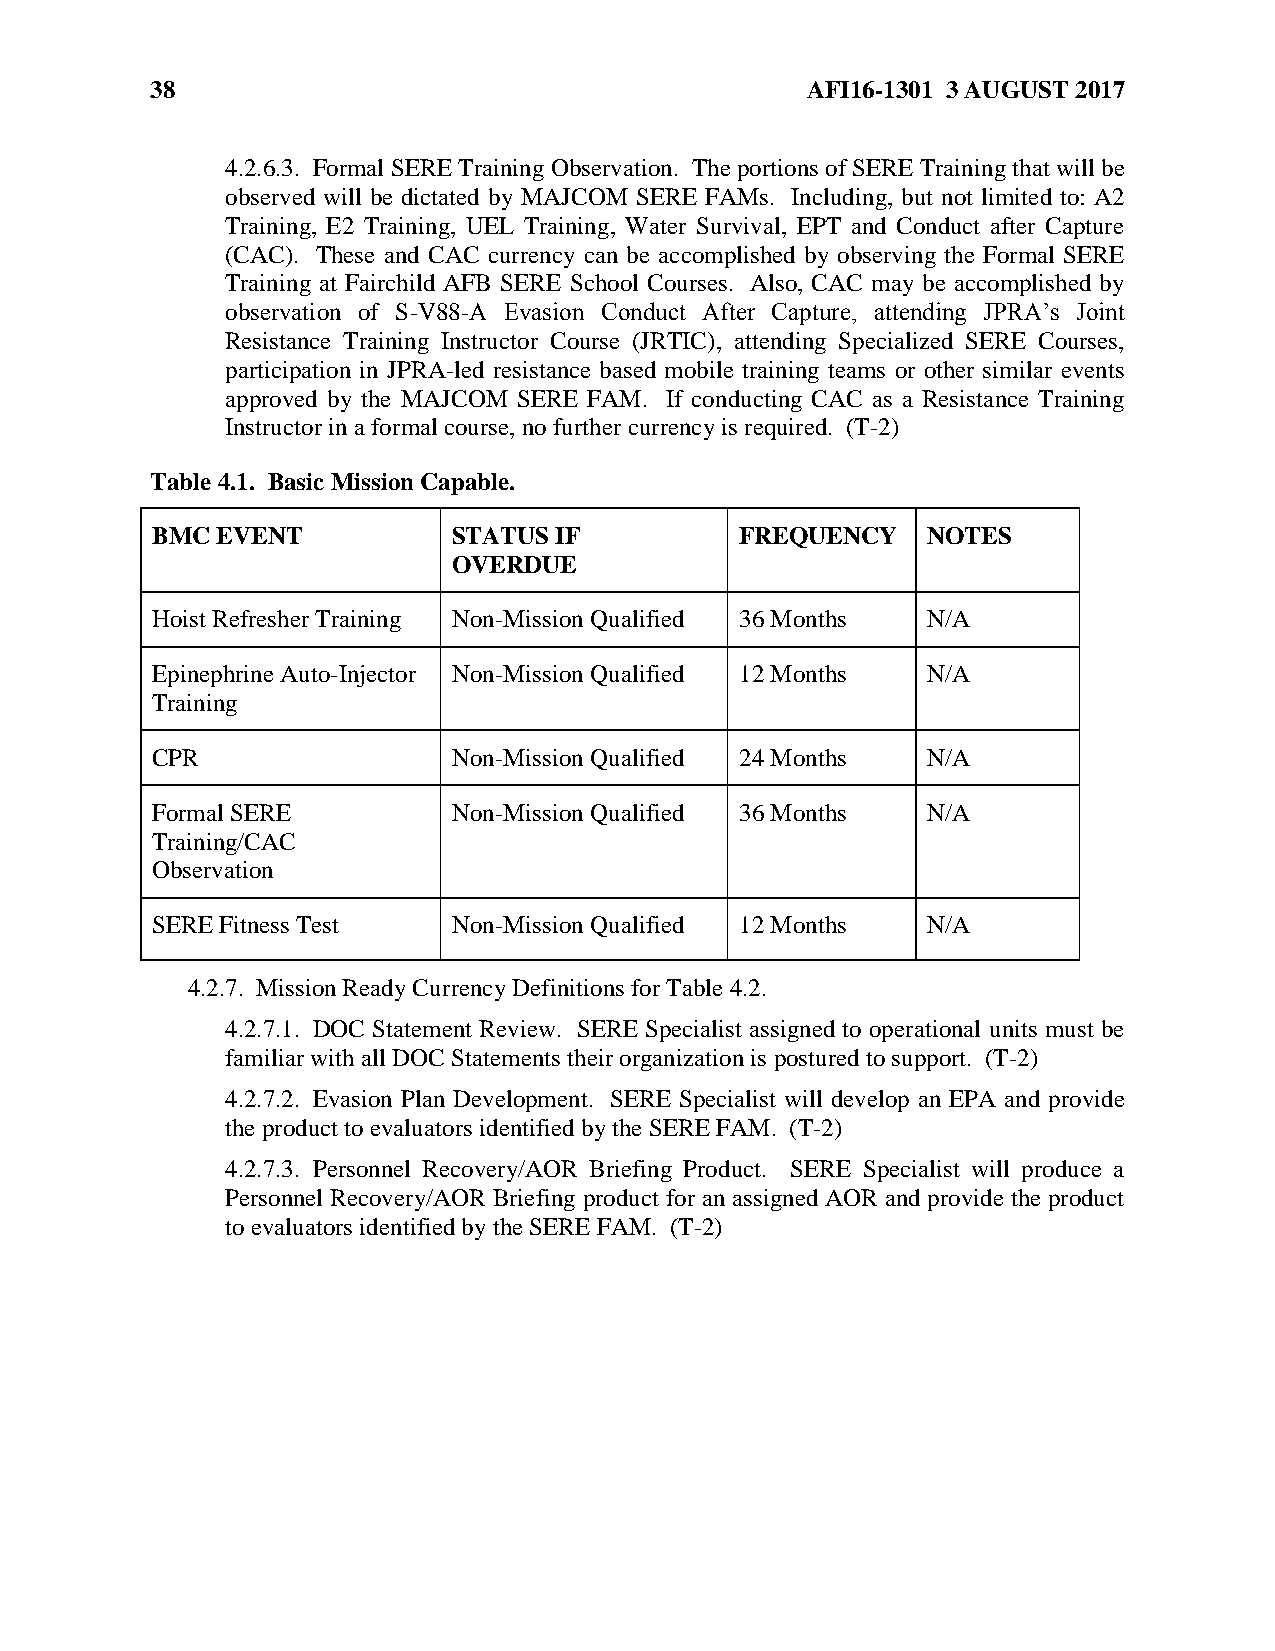
38                                         AFI16-1301 3 AUGUST 2017
 4.2.6.3. Formal SERE Training Observation. The portions of SERE Training that will be
 observed will be dictated by MAJCOM SERE FAMs. Including, but not limited to: A2
 Training, E2 Training, UEL Training, Water Survival, EPT and Conduct after Capture
 (CAC). These and CAC currency can be accomplished by observing the Formal SERE
 Training at Fairchild AFB SERE School Courses. Also, CAC may be accomplished by
 observation of S-V88-A Evasion Conduct After Capture, attending JPRA’s Joint
 Resistance Training Instructor Course (JRTIC), attending Specialized SERE Courses,
 participation in JPRA-led resistance based mobile training teams or other similar events
 approved by the MAJCOM SERE FAM. If conducting CAC as a Resistance Training
 Instructor in a formal course, no further currency is required. (T-2)
 Table 4.1. Basic Mission Capable.
 BMC EVENT           STATUS IF          FREQUENCY   NOTES
 OVERDUE
 Hoist Refresher Training Non-Mission Qualified 36 Months N/A
 Epinephrine Auto-Injector Non-Mission Qualified 12 Months N/A
 Training
 CPR                 Non-Mission Qualified 24 Months N/A
 Formal SERE         Non-Mission Qualified 36 Months N/A
 Training/CAC
 Observation
 SERE Fitness Test   Non-Mission Qualified 12 Months N/A
 4.2.7. Mission Ready Currency Definitions for Table 4.2.
 4.2.7.1. DOC Statement Review. SERE Specialist assigned to operational units must be
 familiar with all DOC Statements their organization is postured to support. (T-2)
 4.2.7.2. Evasion Plan Development. SERE Specialist will develop an EPA and provide
 the product to evaluators identified by the SERE FAM. (T-2)
 4.2.7.3. Personnel Recovery/AOR Briefing Product. SERE Specialist will produce a
 Personnel Recovery/AOR Briefing product for an assigned AOR and provide the product
 to evaluators identified by the SERE FAM. (T-2)